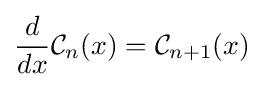
{\frac {d}{dx}}{\mathcal {C}}_{n}(x)={\mathcal {C}}_{n+1}(x)